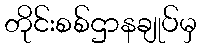
တိုင်းစစ်ဌာနချုပ်မှ